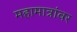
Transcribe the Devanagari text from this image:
महामात्रांवर